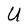
Character: U